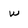
Character: W